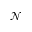
\mathcal { N }